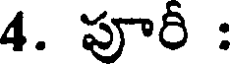
4. పూరీ :